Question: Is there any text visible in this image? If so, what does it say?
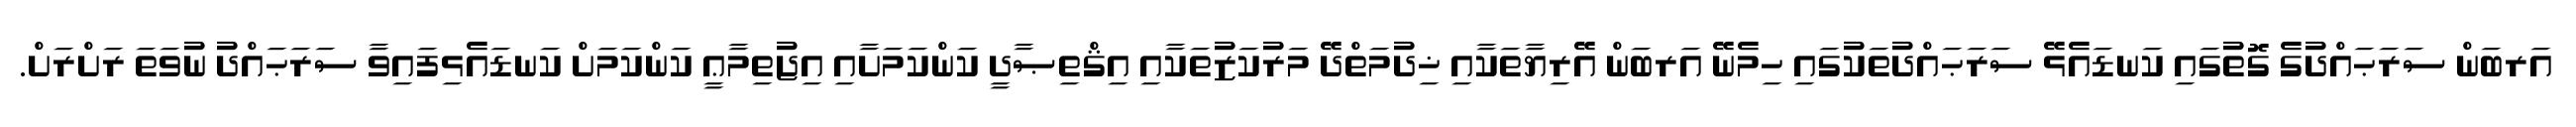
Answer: އަރބަން ސަރަޙައްދުގެ ގޮތުގައި ކަނޑައެޅޭ ސަރަޙައްދުތަކުގައި ހިމެނޭ އަރބަން އޭރިޔާތަކާއި ޚިދުމަތްދޭ މަރުކަޒުތަކާއި އިޤްތިޞާދީ ކަންކަމަށާއި އިޖުތިމާޢީ ކަންކަމަށް ކަނޑައެޅިފައިވާ ސަރަޙައްދު ނުވަތަ ރަށްރަށް.